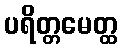
ပရိတ္တမေတ္ထ